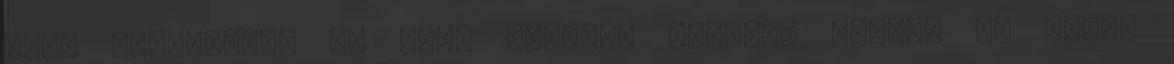
csak Tyranisnak az apja tudtára kellett hoznia és attól